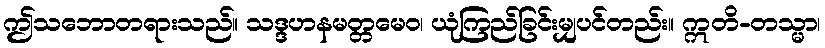
ဤသဘောတရားသည်။ သဒ္ဒဟနမတ္တမေဝ၊ ယုံကြည်ခြင်းမျှပင်တည်း။ ဣတိ-တသ္မာ၊